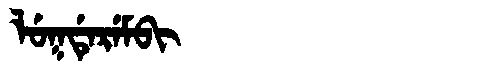
Manchu: ᠯᡠᡴᡩᡝᡵᡝᠮᠪᡳ
Romanization: LUKDEREMBI